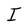
Character: I